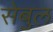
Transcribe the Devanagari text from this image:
सेबुल